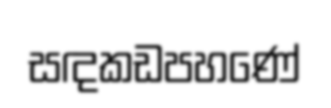
සඳකඩපහණේ